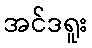
အင်ဒရူး